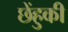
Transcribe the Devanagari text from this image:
छेंहुकी